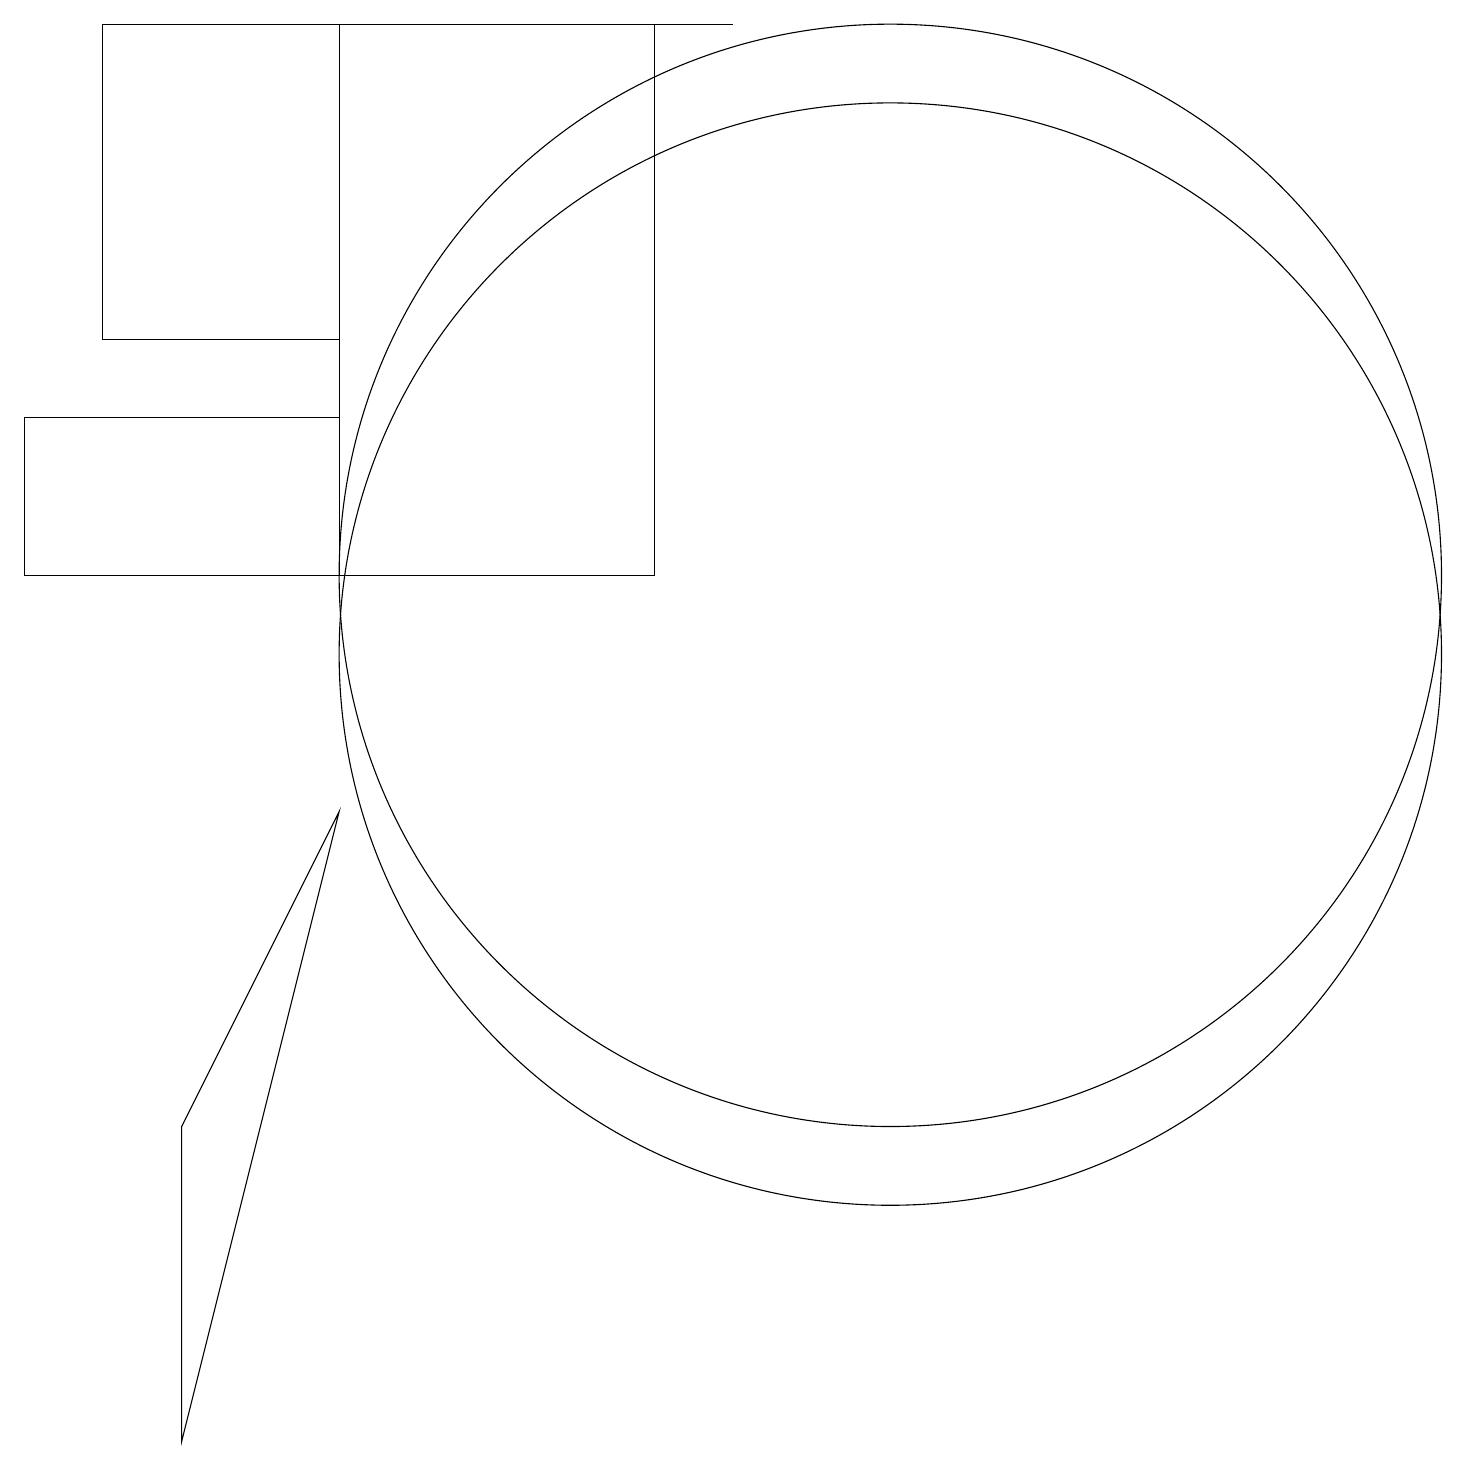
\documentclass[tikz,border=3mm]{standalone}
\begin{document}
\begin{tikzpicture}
\draw (2,0) -- (2,4) -- (4,8) -- cycle;
\draw (11,11) circle (7);
\draw (11,10) circle (7);
\draw (0,11) rectangle (4,13);
\draw (4,11) rectangle (8,18);
\draw (7,18) rectangle (9,18);
\draw (1,18) rectangle (4,14);
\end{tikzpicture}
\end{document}